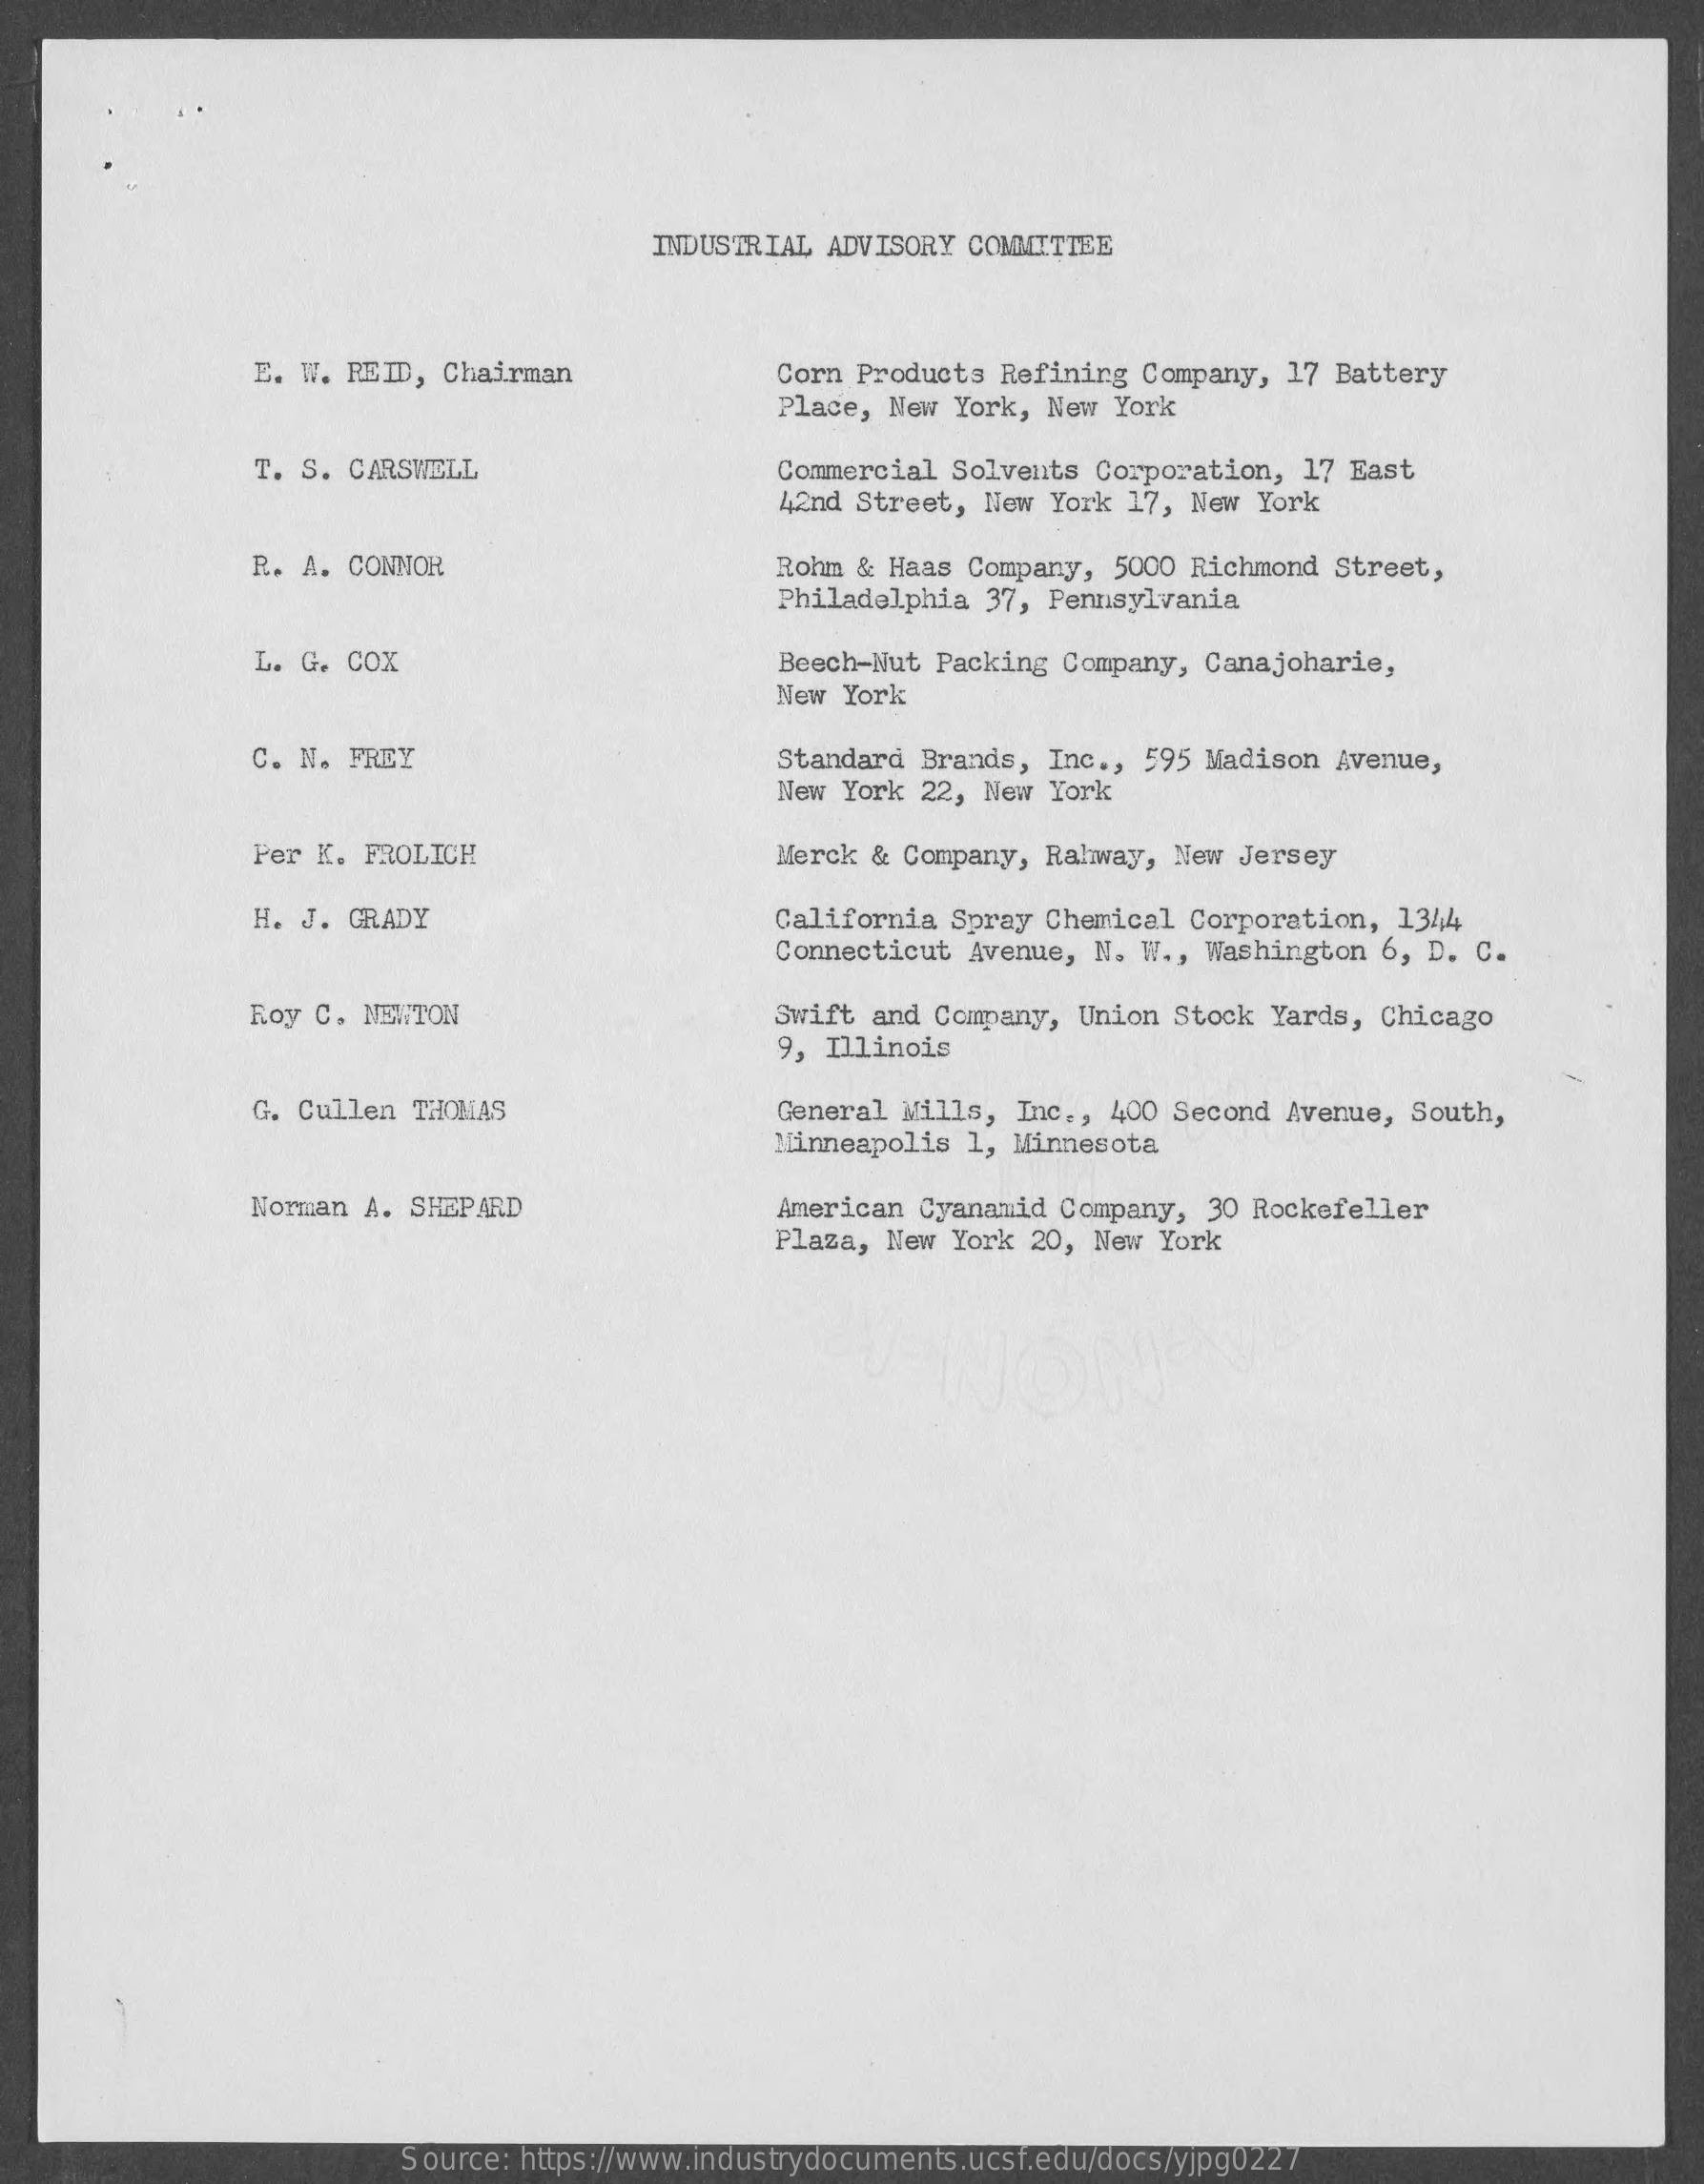
INDUSTRIAL ADVISORY  COMMITTEE
     E. W. REID, Chairman    Corn Products  Refining Company,  17 Battery
     Place, New  York, New York
     T. S. CARSWELL    Commercial  Solvents Corporation,  17 East
     42nd Street,  New York 17, New  York
     R. A. CONNOR    Rohm & Haas Company,  5000 Richmond  Street,
     Philadelphia  37, Pennsylvania
     L. G. COX    Beech-Nut Packing  Company, Canajoharie,
     New York
     C. N. FREY    Standard  Brands, Inc ., 595 Madison Avenue,
     New York  22, New York
     Per K. FROLICH    Merck & Company,  Rahway, New Jersey
     H. J. GRADY    California Spray  Chemical Corporation,  1344
     Connecticut  Avenue, N. W ., Washington 6, D. C.
     Roy C. NEWTON    Swift and Company,  Union Stock  Yards, Chicago
     9, Illinois
     G. Cullen THOMAS    General Mills,  Inc ., 400 Second Avenue, South,
     Minneapolis  1, Minnesota
     Norman A. SHEPARD    American Cyanamid  Company,  30 Rockefeller
     Plaza, New York  20, New York
     Source: https://www.industrydocuments.ucsf.edu/docs/yjpg0227